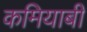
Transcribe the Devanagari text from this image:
कमियाबी